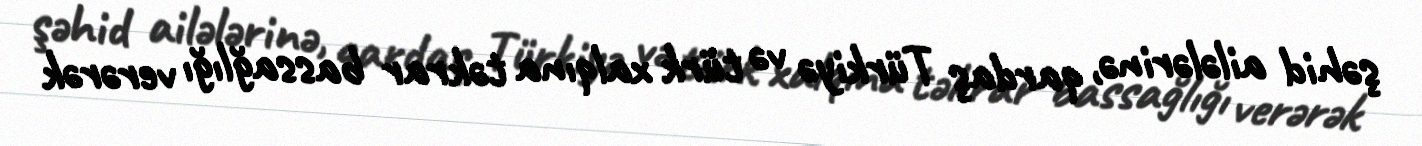
şəhid ailələrinə, qardaş Türkiyə və türk xalqına təkrar bassağlığı verərək